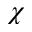
\chi